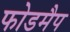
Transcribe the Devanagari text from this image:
फोडमैप